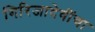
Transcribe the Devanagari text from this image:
गिरिजादेवींचा